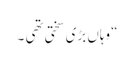
“ وہاں بڑی سختی تھی ۔